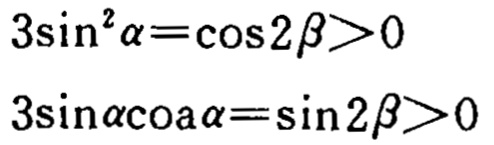
\[

\begin{align*}

3\sin^{2}\alpha&=\cos2\beta>0\\

3\sin\alpha\cos\alpha&=\sin2\beta>0

\end{align*}

\]